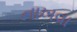
નાખવા